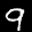
Label: 9